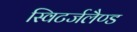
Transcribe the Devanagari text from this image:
स्विटर्जलैण्ड